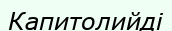
Капитолийді